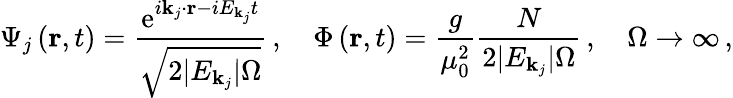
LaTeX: \Psi_{j}\left({\mathbf r},t\right)=\frac{\mathrm{e}^{i{\mathbf k}_{j}\cdot{\mathbf r}-iE_{{\mathbf k}_{j}}t}}{\sqrt{2\vert E_{{\mathbf k}_{j}}\vert\Omega}}\, ,\quad\Phi\left({\mathbf r},t\right)=\frac{g}{\mu_{0}^{2}}\frac{N}{2\vert E_{{\mathbf k}_{j}}\vert\Omega}\, ,\quad\Omega\rightarrow\infty\, ,